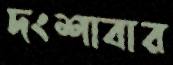
দংশাবার